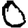
Digit: 0